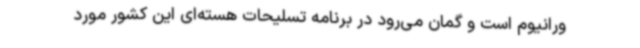
ورانیوم است و گمان می‌رود در برنامه تسلیحات هسته‌ای این کشور مورد